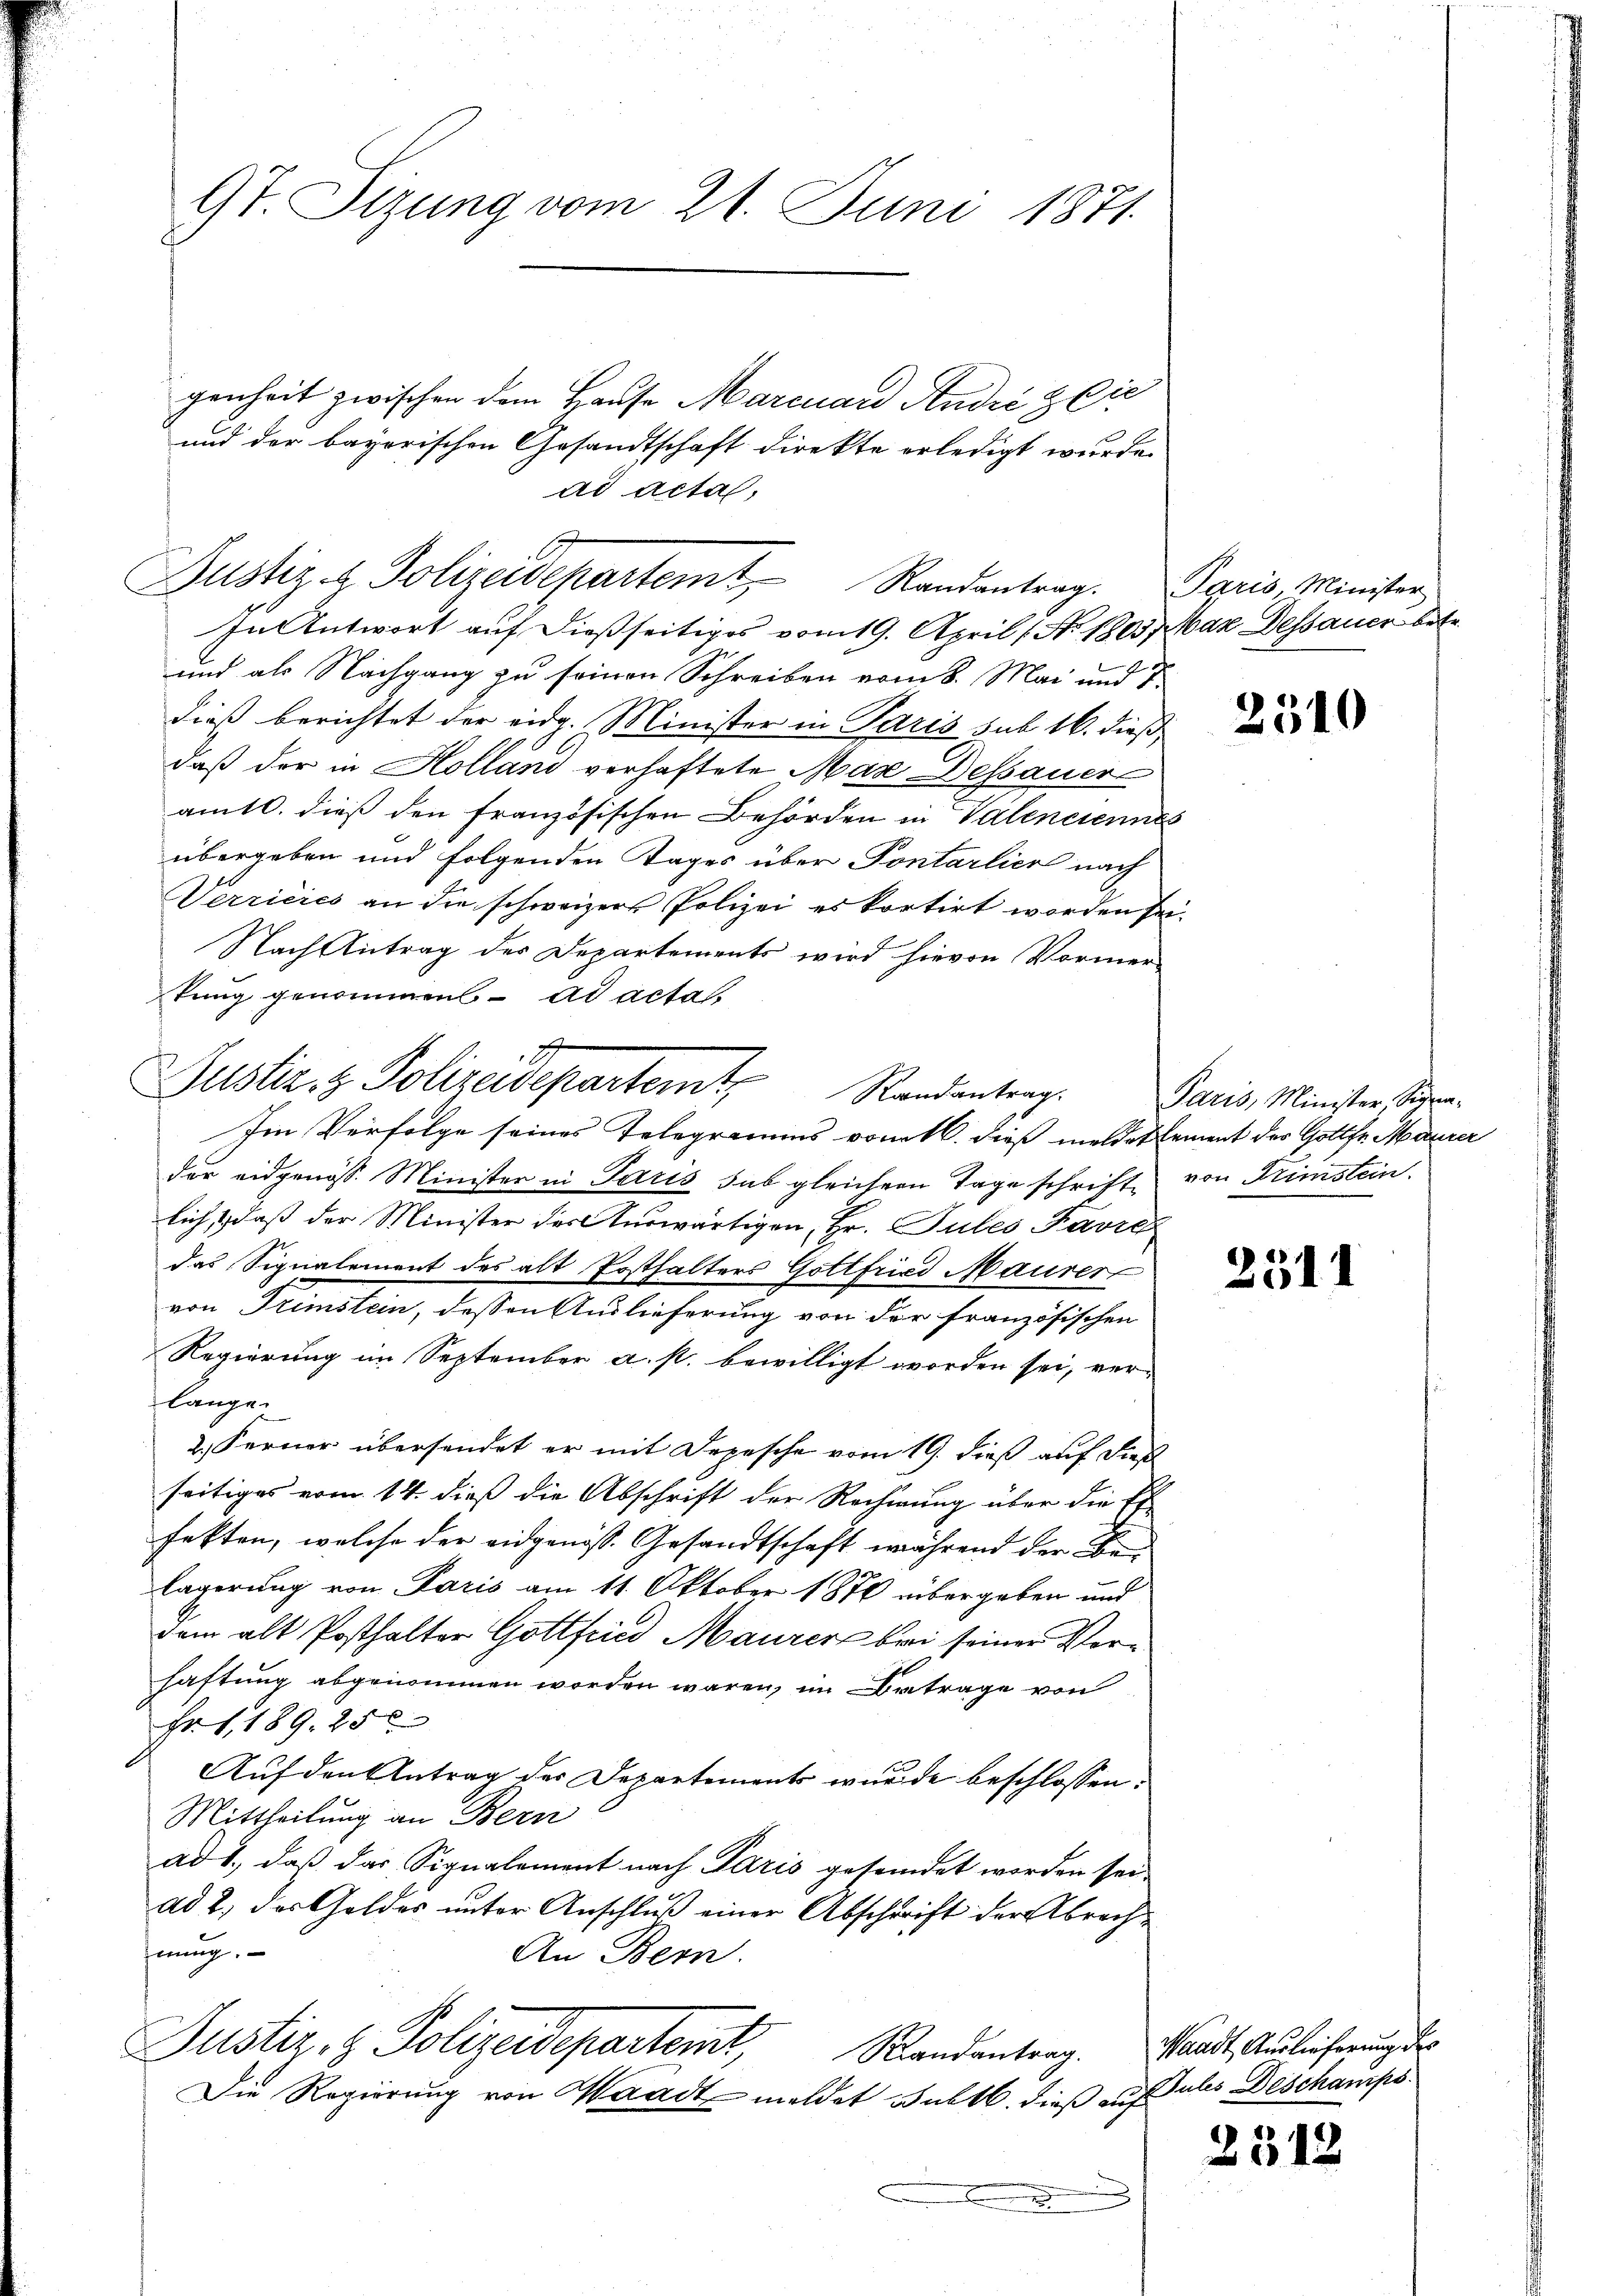
9t Sizung vom 21. Juni 1871.

genheit zwischen dem Hause Marcuard André & Cie
und der bayerischen Gesandtschaft direkte erledigt wurde.
ad acta,

Justiz & Polizeidepartemt Randentrag.
In Antwort auf dießseitiges vom 19. April ( No. 1803,

2
Justiz- & Polizeidepartemt, Randantrag.

und als Nachgang zu seinen Schreiben vom 8. Mai und 1.
dieß berichtet der eidg. Minister in Paris sub 16. dieß
daß der in Holländ verhaftete Mare Dessauer
amtl. dieß den französischen Behörden in Valenciennes
übergeben und folgenden Tages über Pontarlier nach
Verricies an die schweizers Polizei es kortirt worden sei.
Nach Antrag des Departements wird hievon Vormer-
kung genommen ad acta,
Im Verfolge seines Telegramms vom 16. dieß meldetement des Gottfr. Maurer
dür eidgenöss. Minister in Paris sub gleicher Tage schrift von Trimstein.
lich, & daß der Minister der Auswärtigen, Hr. Gutes Favre
das Signalement des alt Posthalters Gottfried Maurer
von Trimstein, dessen Auslieferung von der französischen
Regierung im September a. p. bewilligt worden sei, verlange.
2. Ferner übersendet er mit Depesche vom 19. dieß auf dieß
seitiges vom 14. dieß die Abschrift der Rechnung über die Er-
fekten, welche der eidgenöss. Gesandtschaft während der Belägerung von Paris am 11. Oktober 1876 übergeben und
dem alt Posthalter Gottfried Maurer bei seiner Vorhaftung abgenommen worden wären, im Betrage von
Fr. 1, 189. 25
Auf den Antrag der Departements wurde beschlossen.
Mittheilung an Bern
ad 1., daß das Signalement nach Paris gesendet worden sei,
ad 2, des Goldes unter Anschluß einer Abschrift der Abrechfnung.
An Bern.
Justiz & Polizeidepartent, Randanterg
Die Regierung von Waadt meldet subtl. dieß auf als Deschausps.

Paris, Minister
Mar Dessauer betr.

2510

Paris, Minister, Signa-

2511

Waadt, Auslieferung des

2512